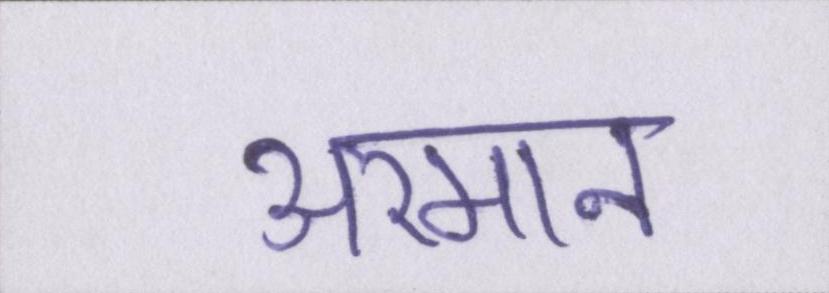
अरमान